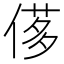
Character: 𠌅